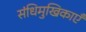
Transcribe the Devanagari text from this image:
संधिमुखिकाएँ